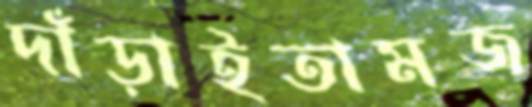
দাঁড়াইতামজ